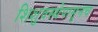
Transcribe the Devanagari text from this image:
शिशुवस्थेपासूनच